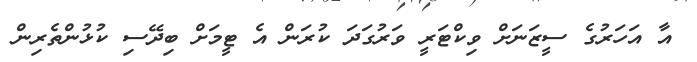
އާ އަހަރުގެ ސީޒަނަށް ވިކްޓަރީ ވަރުގަދަ ކުރަން އެ ޓީމަށް ބިދޭސި ކުޅުންތެރިން